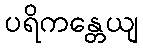
ပရိကန္တေယျ